Report of an investigation of the epidemic of malarial fever in Assam, or, kala-azar
Disease focus: Malaria
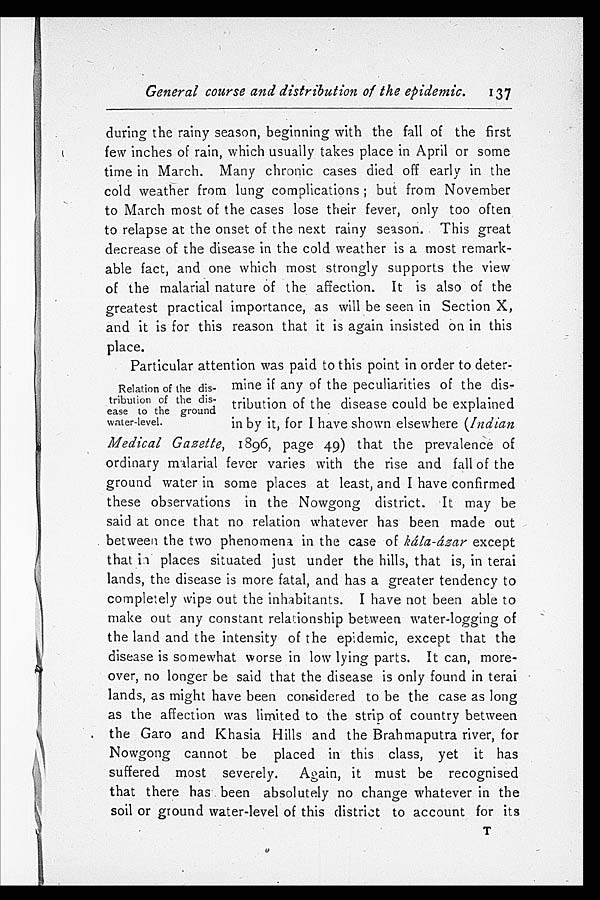
General course and distribution of the epidemic. 137
during the rainy season, beginning with the fall of the first
few inches of rain, which usually takes place in April or some
time in March. Many chronic cases died off early in the
cold weather from lung complications; but from November
to March most of the cases lose their fever, only too often
to relapse at the onset of the next rainy season. This great
decrease of the disease in the cold weather is a most remark
- a b l e f a c t , a n d o n e w h i c h m o s t s t r o n g l y s u p p o r t s t h e v i e w
of the malarial nature of the affection. It is also of the
greatest practical importance, as will be seen in Section X,
and it is for this reason that it is again insisted on in this
place.
Particular attention was paid to this point in order to deter
-mine if any of the peculiarities of the dis
-tribution of the disease could be explained
in by it, for I have shown elsewhere (Indian
Medical Gazette, 1896, page 49) that the prevalence of
ordinary malarial fever varies with the rise and fall of the
ground water in some places at least, and I have confirmed
these observations in the Nowgong district. It may be
said at once that no relation whatever has been made out
between the two phenomena in the case of kála-ázar except
that is places situated just under the hills, that is, in terai
lands, the disease is more fatal, and has a greater tendency to
completely wipe out the inhabitants. I have not been able to
make out any constant relationship between water-logging of
the land and the intensity of the epidemic, except that the
disease is somewhat worse in low lying parts. It can, more
-over, no longer be said that the disease is only found in terai
lands, as might have been considered to be the case as long
as the affection was limited to the strip of country between
the Garo and Khasia Hills and the Brahmaputra river, for
Nowgong cannot be placed in this class, yet it has
suffered most severely. Again, it must be recognised
that there has been absolutely no change whatever in the
soil or ground water-level of this district to account for its
Relation of the dis
-tribution of the dis
- e a s e t o t h e g r o u n d water-level.